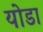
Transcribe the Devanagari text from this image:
योडा